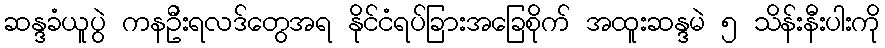
ဆန္ဒခံယူပွဲ ကနဦးရလဒ်တွေအရ နိုင်ငံရပ်ခြားအခြေစိုက် အထူးဆန္ဒမဲ ၅ သိန်းနီးပါးကို